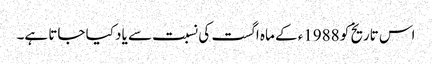
اس تاریخ کو 1988ء کے ماہ اگست کی نسبت سے یاد کیا جاتا ہے۔